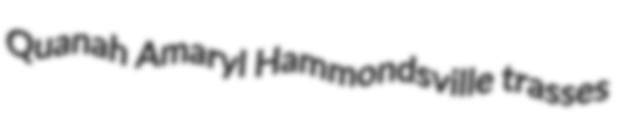
Quanah Amaryl Hammondsville trasses